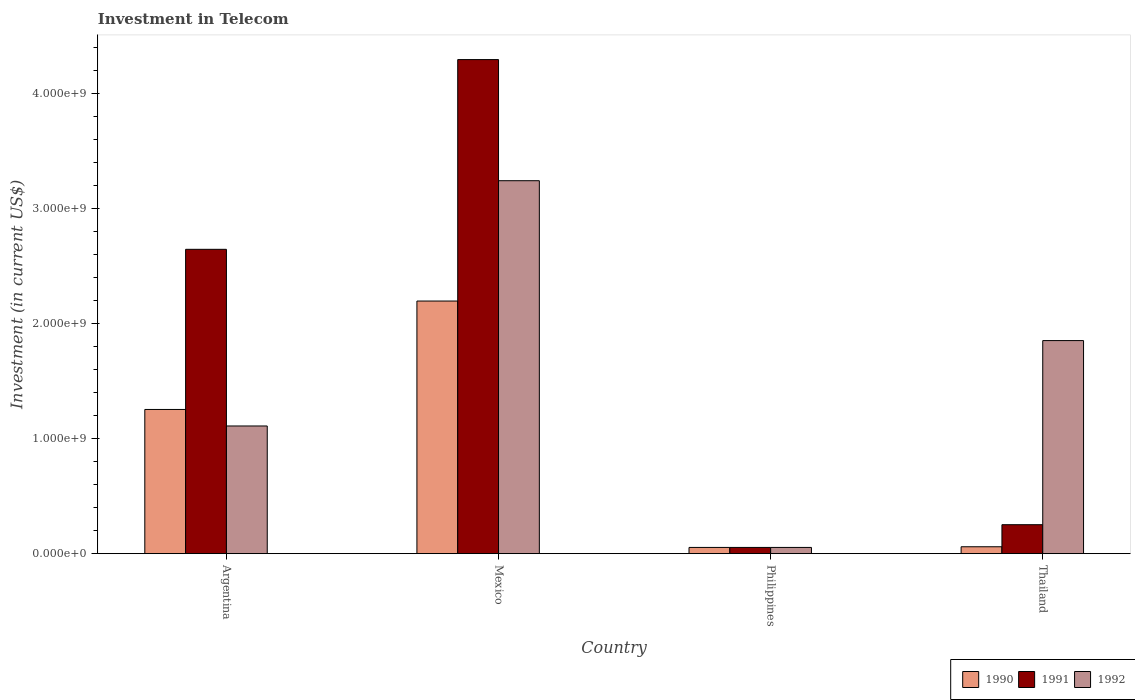
| Country | 1990 | 1991 | 1992 |
 | --- | --- | --- | --- |
 | Argentina | 1.25e+09 | 2.65e+09 | 1.11e+09 |
 | Mexico | 2.2e+09 | 4.3e+09 | 3.24e+09 |
 | Philippines | 5.42e+07 | 5.42e+07 | 5.42e+07 |
 | Thailand | 6e+07 | 2.52e+08 | 1.85e+09 |